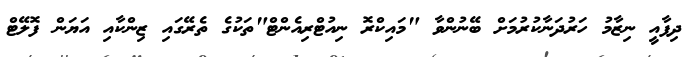
ދިފާއީ ނިޒާމު ހަރުދަނާކުރުމަށް ބޭނުންވާ "މައިކްރޮ ނިއުޓްރިއެންޓް"ތަކުގެ ތެރޭގައި ޒިންކާއި އަޔަން ފޮލޭޓް